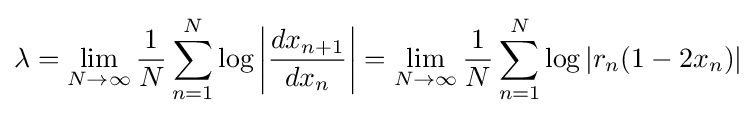
\lambda =\lim _{N\rightarrow \infty }{1 \over N}\sum _{n=1}^{N}\log \left|{dx_{n+1} \over dx_{n}}\right|=\lim _{N\rightarrow \infty }{1 \over N}\sum _{n=1}^{N}\log |r_{n}(1-2x_{n})|